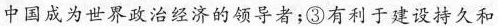
中国成为世界政治经济的领导者；③有利于建设持久和